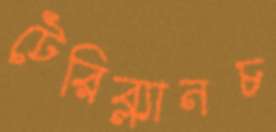
টেরিব্ল্যানচ